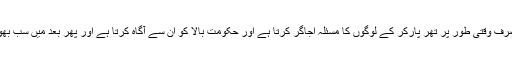
ہمار ا میڈیا صرف وقتی طور پر تھر پارکر کے لوگوں کا مسئلہ اُجاگر کرتا ہے اور حکومت بالا کو ان سے آگاہ کرتا ہے اور پھر بعد میں سب بھول جاتے ہیں ۔